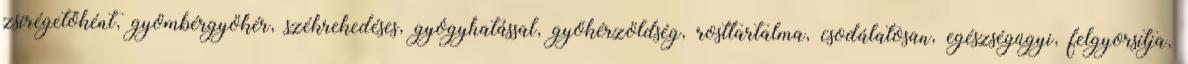
zsírégetőként, gyömbérgyökér, székrekedéses, gyógyhatással, gyökérzöldség, rosttartalma, csodálatosan, egészségügyi, felgyorsítja,